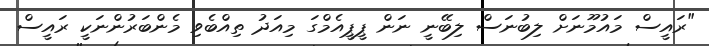
"ރައީސް މައުމޫނަށް ލިބުނަސް ލިބޭނީ ނަން ޕީޕީއެމްގަ މިއަދު ތިއްބެވި މެންބަރުންނަކީ ރައީސް